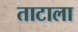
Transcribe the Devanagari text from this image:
ताटाला